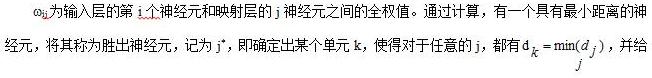
$\omega_{ij}$为输入层的第$i$个神经元和映射层的$j$神经元之间的全权值。通过计算，有一个具有最小距离的神经元，将其称为胜出神经元，记为$j^{*}$，即确定出某个单元$k$，使得对于任意的$j$，都有$d_{k}=\min_{j}(d_{j})$，并给